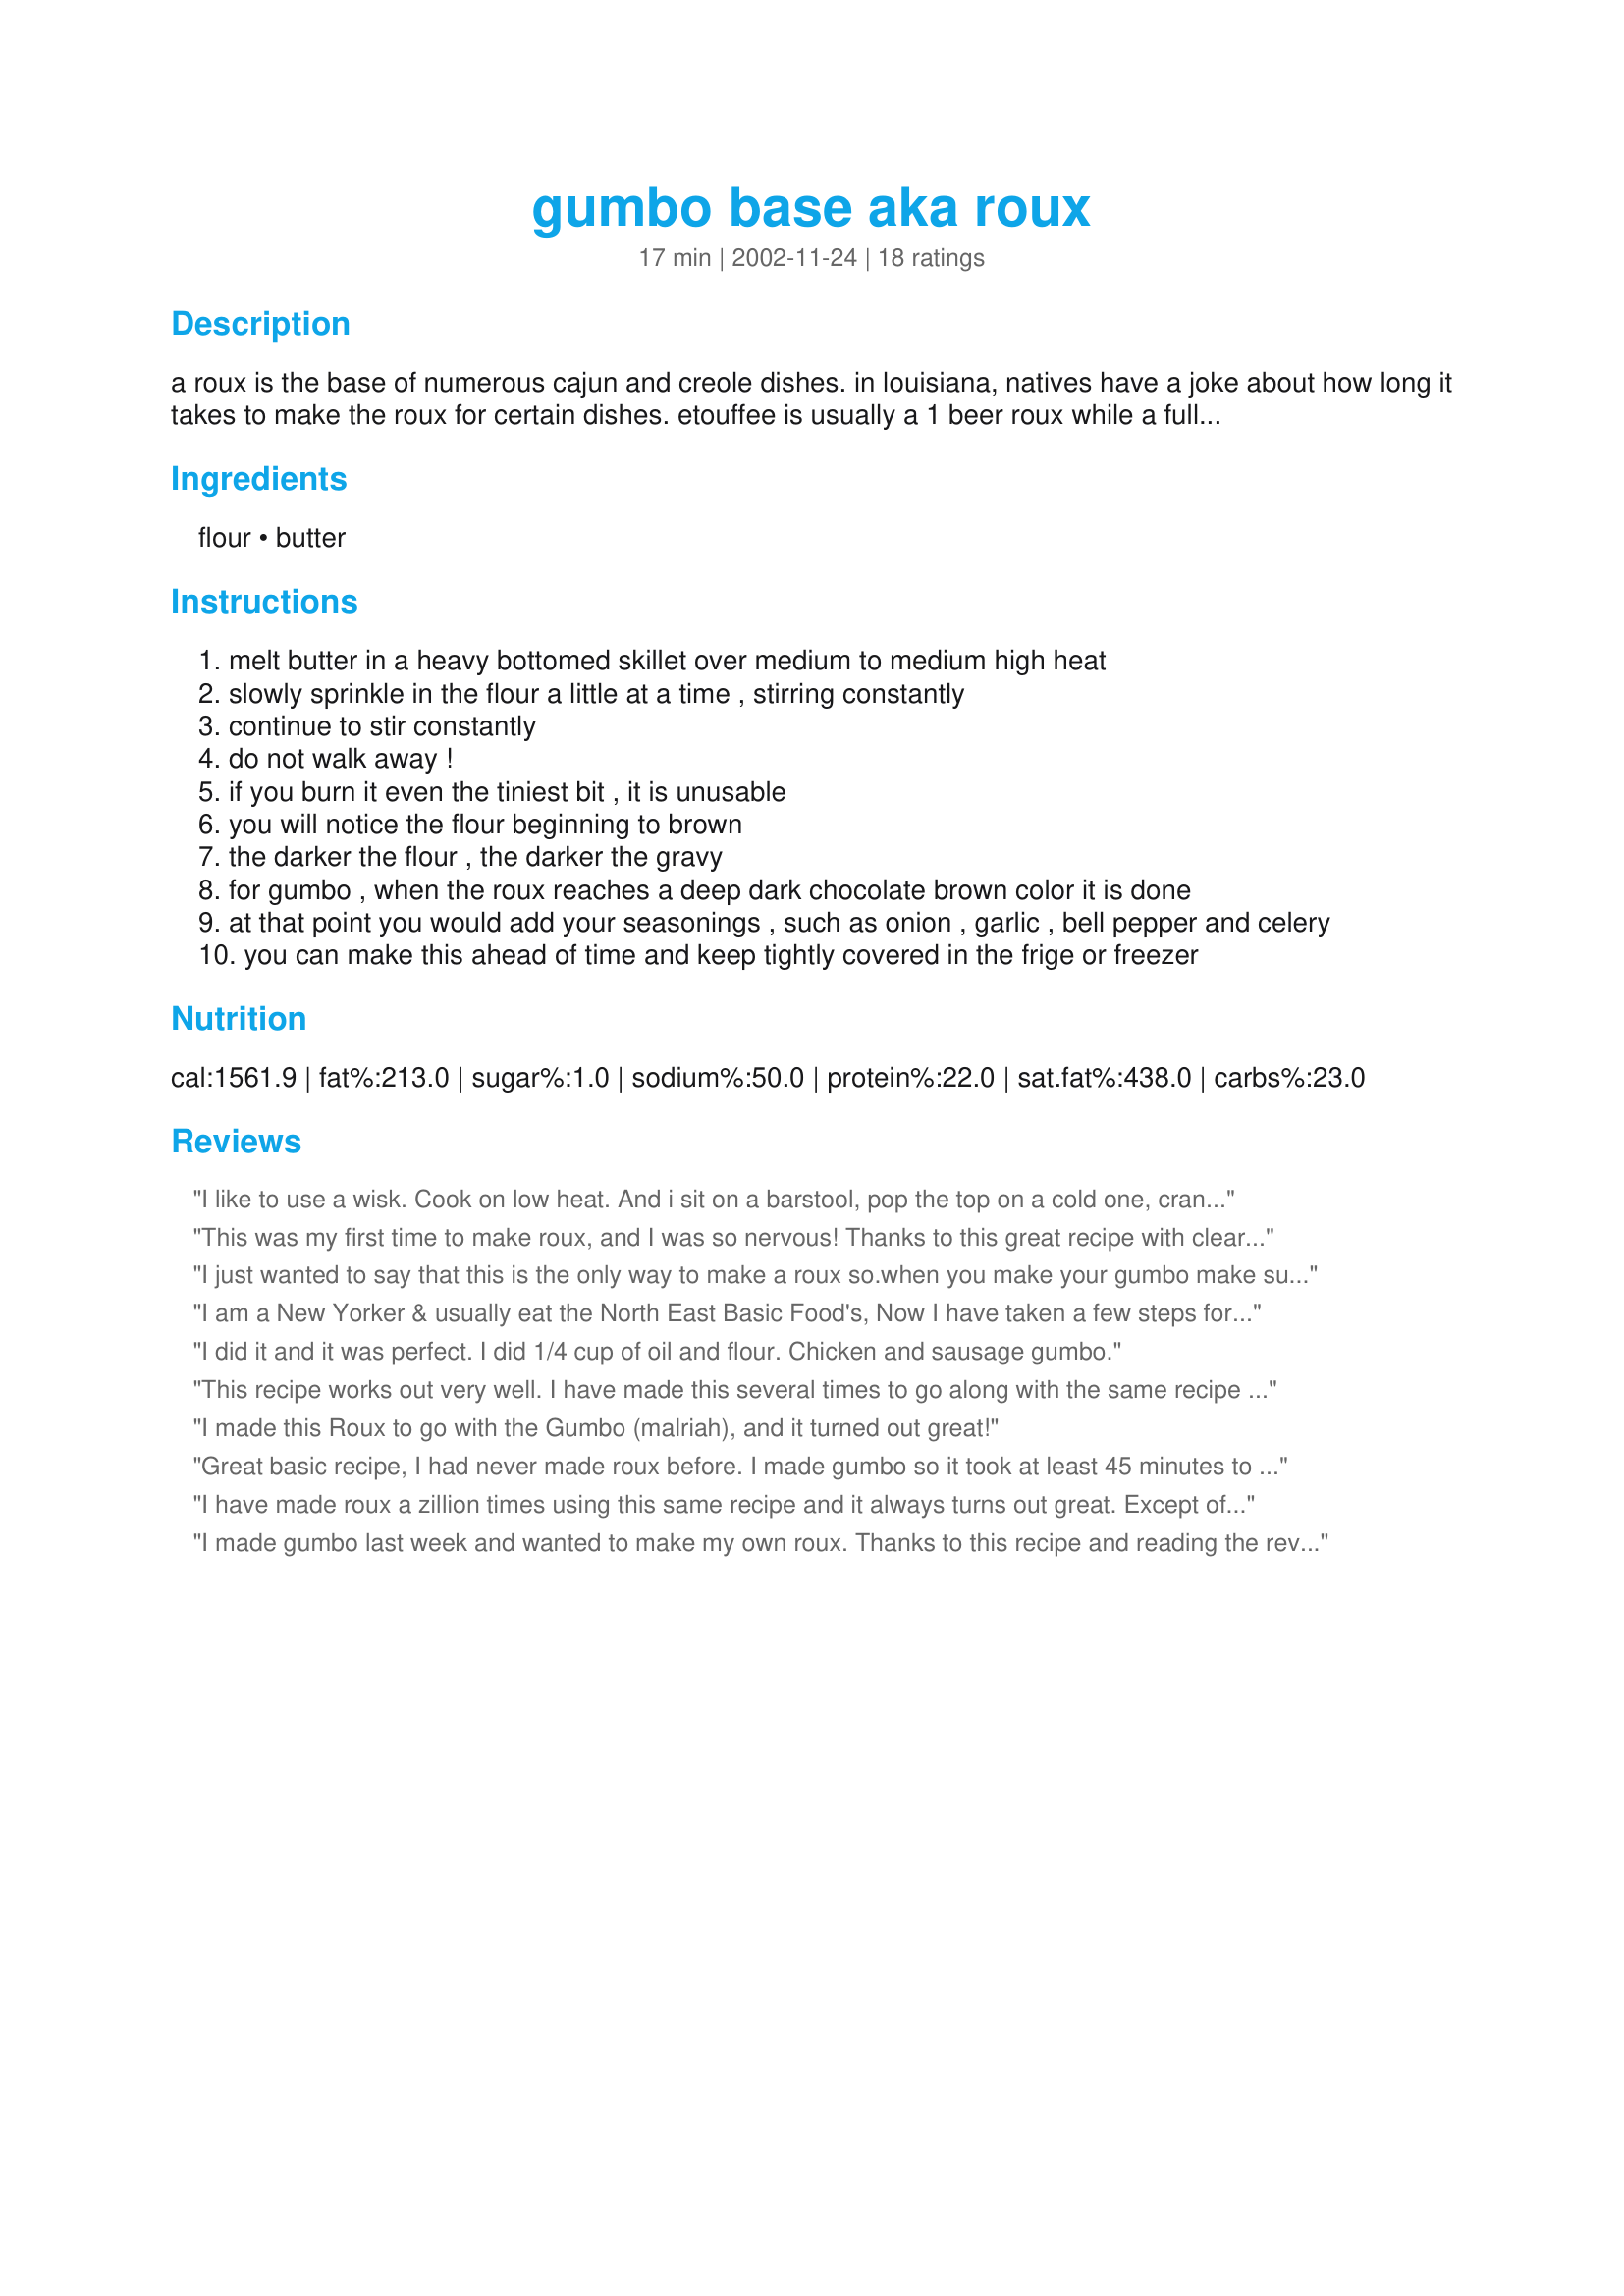
gumbo base aka roux
Preparation time: 17 minutes

a roux is the base of numerous cajun and creole dishes. in louisiana, natives have a joke about how long it takes to make the roux for certain dishes. etouffee is usually a 1 beer roux while a full fledged gumbo is a 2 to 3 beer roux. obviously meaning how long it takes to drink the beer. the cook time will vary depending on how dark you want your gravy. note: the measurements i used are normally what i make for a sunday pot of gumbo, southern style. that means it makes a lot! you may want to only use half for normal people!

Ingredients:
flour, butter

Steps:
melt butter in a heavy bottomed skillet over medium to medium high heat
slowly sprinkle in the flour a little at a time , stirring constantly
continue to stir constantly
do not walk away !
if you burn it even the tiniest bit , it is unusable
you will notice the flour beginning to brown
the darker the flour , the darker the gravy
for gumbo , when the roux reaches a deep dark chocolate brown color it is done
at that point you would add your seasonings , such as onion , garlic , bell pepper and celery
you can make this ahead of time and keep tightly covered in the frige or freezer

Reviews:
I like to use a wisk. Cook on low heat. And i sit on a barstool, pop the top on a cold one, crank up some Clifton Chenier or Buckwheat Zydeco. And wisk for about an hour. Enjoy yourself.
This was my first time to make roux, and I was so nervous! Thanks to this great recipe with clear/specific instructions, it was a huge success and we had some delicious gumbo for dinner!!
I just wanted to say that this is the only way to make a roux so.when you make your gumbo make sure you do it this way,i also use this simple roux recipe for my homemade stews and things.
I am a New Yorker & usually eat the North East Basic Food's, Now I have taken a few steps forward for this New Year adventures of 2013, I 'm switching to Louisiana Gumbo's & Jambalaya's . I will add my rating after I finish eating it,Cant wait to get started.
I did it and it was perfect. I did 1/4 cup of oil and flour. Chicken and sausage gumbo.
This recipe works out very well. I have made this several times to go along with the same recipe poster's gumbo recipe. Unique in the use of butter, but works out very nice.
I made this Roux to go with the Gumbo (malriah), and it turned out great!
Great basic recipe, I had never made roux before. I made gumbo so it took at least 45 minutes to make it, I had the heat on low to meduim heat, I did not want to burn it. Thanks for sharing this for us non Cajuns trying to cook Cajun. ;)
I have made roux a zillion times using this same recipe and it always turns out great. Except of course the couple of times I walked away for a couple of seconds. <br/><br/>Today I made it with EVOO and while it turned the right color, dark chocolate, it never got really pasty like I am used to it doing. I also add sea salt, cracked pepper, and cayenne and chili flakes as I think the flavor of the cayenne and chili flakes especially comes out best in the heated oil. Since I usually make at a 1c. to 1.c ratio, when I make 20 qts. I normally make a 5c. to 5c. roux and freeze the completed Gumbo in gallon containers.<br/><br/>Also, if you make any Gumbo and use shrimp, always buy shell on, Gulf shrimp, (head on is even better and you can freeze the heads and shells to make stock later) peel and de-vein prior to serving. Just drop in the hot gumbo and let cook 2 to 3 mins. and serve. If you are make a big batch and want to freeze some, leave out the shrimp and put the shrimp in when you get it reheated. Otherwise the shrimp will get rubbery as it over cooks easily.
I made gumbo last week and wanted to make my own roux. Thanks to this recipe and reading the reviews (thanks Chef Sarita and Kagemi for your insight), my roux came out prefect!<br/>Since I wanted a chocolate roux like my fave Cajun restaurant have, I knew it was going to take at least 45 minutes. I took a hour to get the roux dark as I wanted it.<br/>At first I was like,is it going to change, but it did. I also kept stirring! Got a great arm workout!<br/>But the roux gave my gumbo such a rich flavor! This is a keeper!!!
I practically grew up on seafood gumbo and lots of other seafood on the gulf coast of Alabama. However, since none of my relatives who cooked made it never measured anything it was a challenge when I first tried to make it myself. The roux is the key to gumbo. Burn it even the slightest you might as well through it out. Too light and the finished recipe will be bland. I had 2 problems which this recipe solved for me. First was getting the proportions right. Never realized they were equal and I always had too much oil. Second, was using too high heat since it must brown very slowly so you must be patient and stir CONSTANTLY! NO INTERUPTIONS! Thanks Kari for posting.
VERY helpful! the first time i made roux i was terrified...thanks for walking me through it. the perfect addition to your outstanding gumbo.
Used this today to make a gumbo. Took 40 minutes to get to the dark brown stage, but pretty easy to make.
Perfect roux and perfect gumbo recipes! It was my fist time to make a roux and I was a little nervous but it turned out absolutely perfect! Thank you for an easy recipe to follow!!!
Got it down to a science, so Goodbye Joe, Me gotta go...eat my gumbo!
Very time consuming but good. Just a heads up for other first time roux makers: It will be pasty (almost like frosting)and remain the same yellow color at first but after about 20-25 min of constant stirring the mixture will become a litlle more like gravy and start to finally turn color. I was able to make my roux a dark penny copper color after about 45 min. so if you want to make it a chocolate color it will probably take about 1 hr so be prepared to make muscle. I kept it on medium and stirred it constantly.
Cooked perfectly. I don't know about oil but the the butter worked really well.
Very good. I like a little more flavor to my Roux, so add a tsp. salt & pepper or other seasoning. I use it all the time for stews :-)
